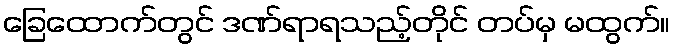
ခြေထောက်တွင် ဒဏ်ရာရသည့်တိုင် တပ်မှ မထွက်။